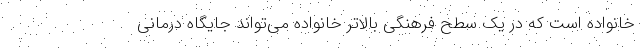
خانواده است که در یک سطح فرهنگی بالاتر خانواده می‌تواند جایگاه درمانی